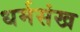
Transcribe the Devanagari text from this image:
धर्मसंख